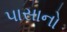
પાસાનો